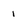
Character: I